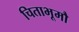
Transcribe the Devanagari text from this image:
चिताभूमौ